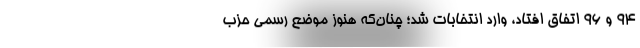
94 و 96 اتفاق افتاد، وارد انتخابات شد؛ چنان‌که هنوز موضع رسمی حزب